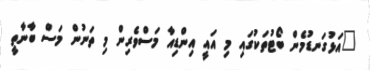
"އަޅުގަނޑުމެން ބޯޓުތަކުގައި މި އައީ އިންޑިއާ މަސްވެރިން މި ތަނުން މަސް ބާނާތީ